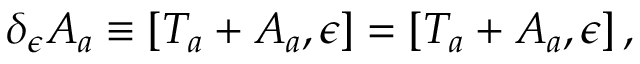
\delta _ { \epsilon } A _ { a } \equiv [ { \cal T } _ { a } + A _ { a } , \epsilon ] = [ T _ { a } + A _ { a } , \epsilon ] \, ,